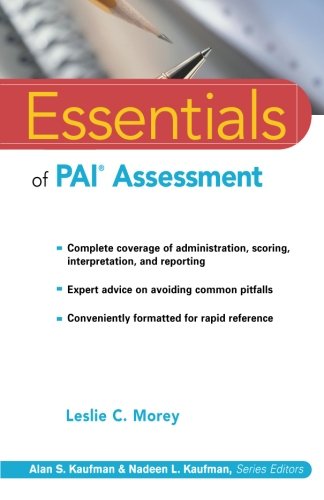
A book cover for Essentials of PAI Assessment; Leslie C. Morey; Medical Books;